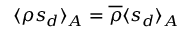
\langle \rho s _ { d } \rangle _ { A } = \overline { \rho } \langle s _ { d } \rangle _ { A }